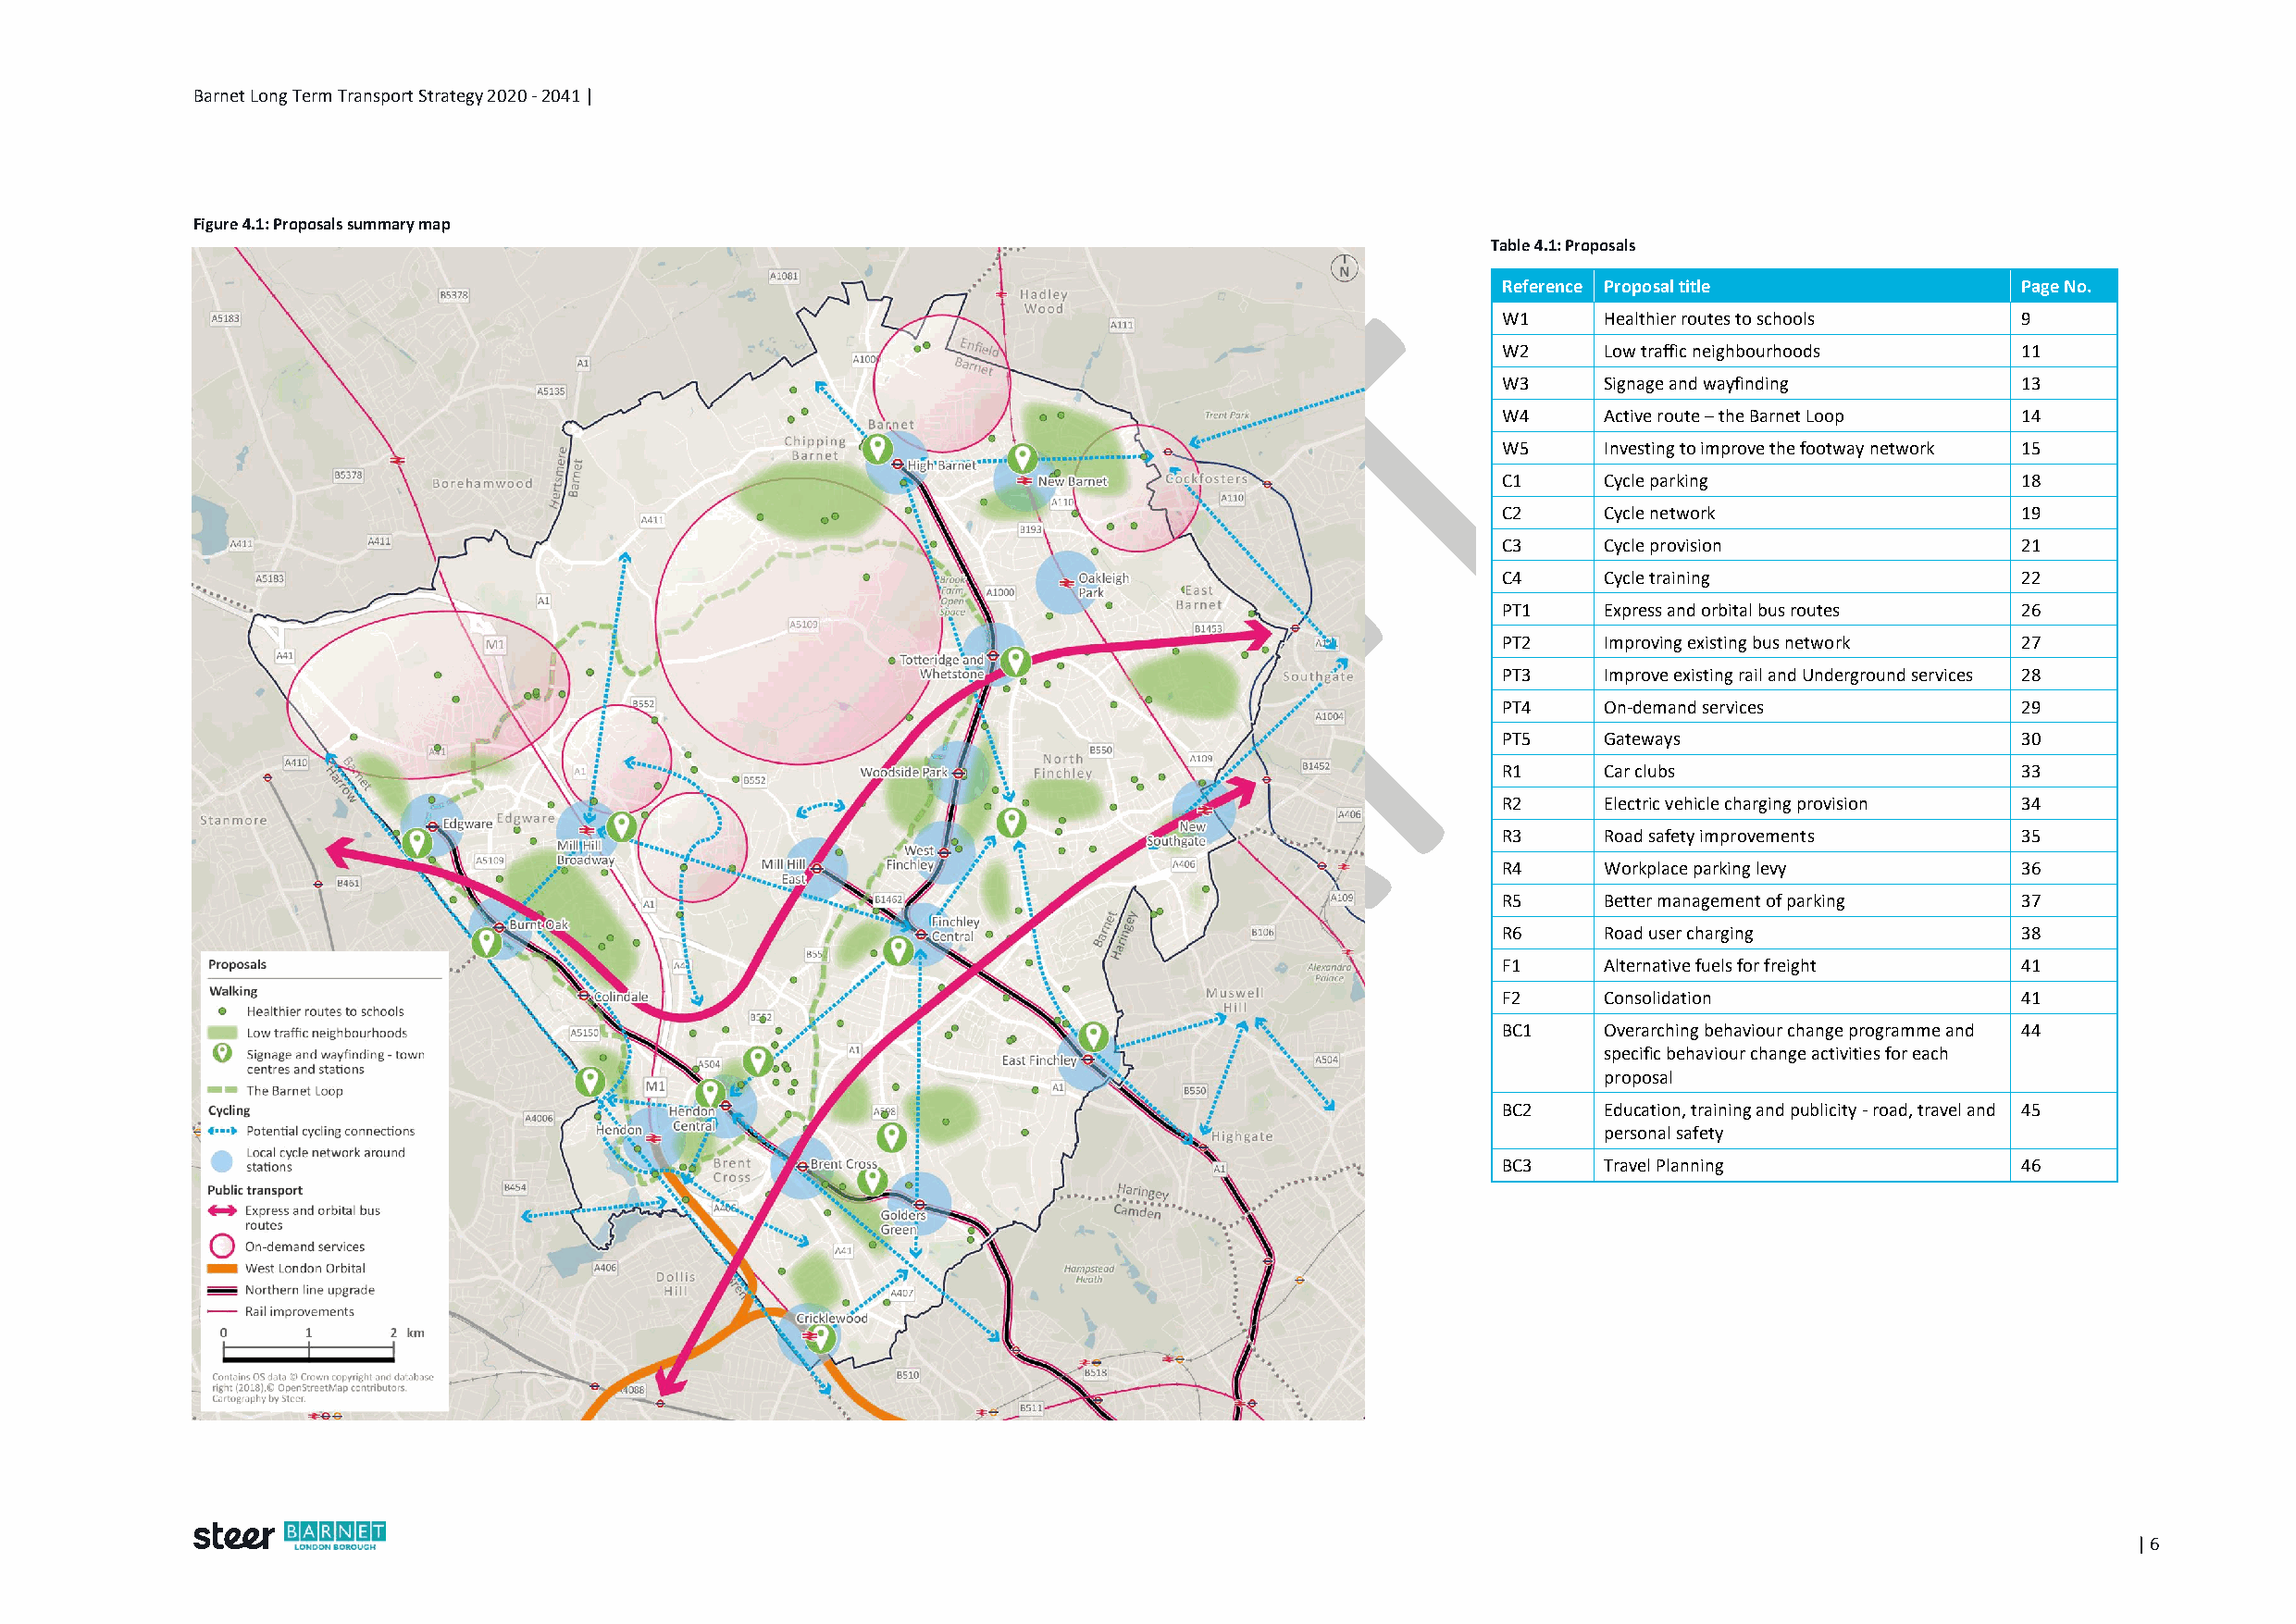
Barnet Long Term Transport Strategy 2020 - 2041 |
 Figure 4.1: Proposals summary map
 Table 4.1: Proposals
 Reference Proposal title              Page No.
 W1      Healthier routes to schools   9
 W2      Low traffic neighbourhoods    11
 W3      Signage and wayfinding        13
 W4      Active route – the Barnet Loop 14
 W5      Investing to improve the footway network 15
 C1      Cycle parking                 18
 C2      Cycle network                 19
 C3      Cycle provision               21
 C4      Cycle training                22
 PT1     Express and orbital bus routes 26
 PT2     Improving existing bus network 27
 PT3     Improve existing rail and Underground services 28
 PT4     On-demand services            29
 PT5     Gateways                      30
 R1      Car clubs                     33
 R2      Electric vehicle charging provision 34
 R3      Road safety improvements      35
 R4      Workplace parking levy        36
 R5      Better management of parking  37
 R6      Road user charging            38
 F1      Alternative fuels for freight 41
 F2      Consolidation                 41
 BC1     Overarching behaviour change programme and 44
 specific behaviour change activities for each
 proposal
 BC2     Education, training and publicity - road, travel and 45
 personal safety
 BC3     Travel Planning               46
 | 6